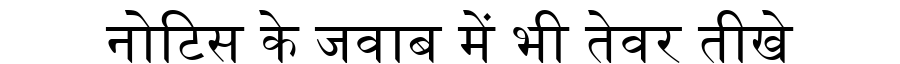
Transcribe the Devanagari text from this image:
नोटिस के जवाब में भी तेवर तीखे